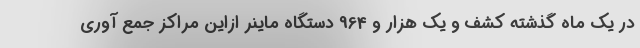
در یک ماه گذشته کشف و یک هزار و 964 دستگاه ماینر ازاین مراکز جمع آوری